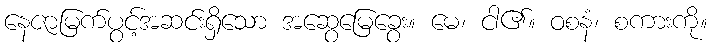
နေဇာမြက်ပွင့်အဆင်းရှိသော အဆွေမြေခွေး။ မေ၊ ငါ၏။ ဝစနံ၊ စကားကို။